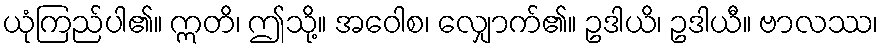
ယုံကြည်ပါ၏။ ဣတိ၊ ဤသို့။ အဝေါစ၊ လျှောက်၏။ ဥဒါယိ၊ ဥဒါယီ။ ဗာလဿ၊